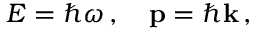
E = \hbar \omega \, , \quad \mathbf { p } = \hbar \mathbf { k } \, ,